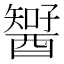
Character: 𨢱